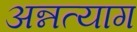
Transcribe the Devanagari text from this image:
अन्नत्याग